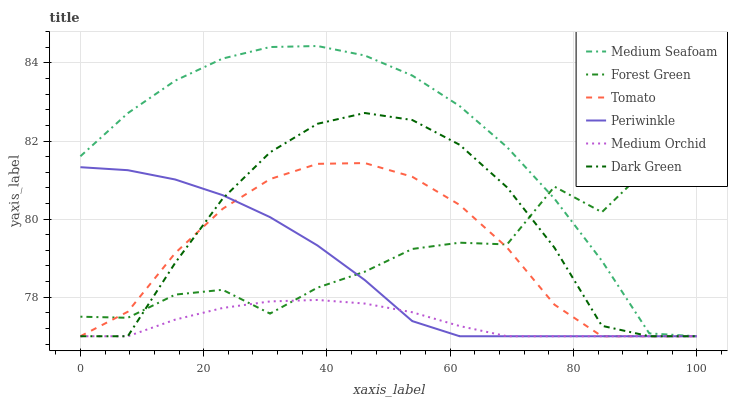
| xaxis_label | Medium Seafoam | Forest Green | Tomato | Periwinkle | Medium Orchid | Dark Green |
 | --- | --- | --- | --- | --- | --- | --- |
 | 0 | 81.6 | 77.5 | 77 | 81.3 | 77 | 77 |
 | 7.69 | 82.7 | 77.5 | 77.6 | 81.3 | 77 | 77 |
 | 15.4 | 83.5 | 78.1 | 79.1 | 81 | 77.4 | 78.9 |
 | 23.1 | 84.1 | 78.2 | 80.3 | 80.6 | 77.7 | 80.5 |
 | 30.8 | 84.4 | 77.6 | 81 | 80.1 | 77.9 | 81.7 |
 | 38.5 | 84.4 | 78.2 | 81.4 | 79.3 | 77.9 | 82.4 |
 | 46.2 | 84.2 | 78.7 | 81.4 | 78.4 | 77.8 | 82.7 |
 | 53.8 | 83.7 | 79.2 | 81.1 | 77.4 | 77.6 | 82.5 |
 | 61.5 | 82.9 | 79.4 | 80.4 | 77 | 77.3 | 81.9 |
 | 69.2 | 81.8 | 79.4 | 79.3 | 77 | 77 | 80.8 |
 | 76.9 | 80.5 | 80.8 | 77.8 | 77 | 77 | 79.3 |
 | 84.6 | 78.9 | 80.2 | 77 | 77 | 77 | 77.3 |
 | 92.3 | 77.1 | 81.4 | 77 | 77 | 77 | 77 |
 | 100 | 77 | 82 | 77 | 77 | 77 | 77 |